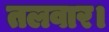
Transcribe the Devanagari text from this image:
तलवार।